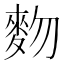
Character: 䴯